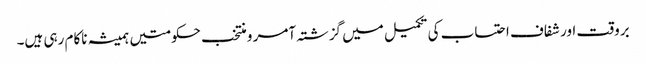
بروقت اور شفاف احتساب کی تکمیل میں گزشتہ آمر و منتخب حکومتیں ہمیشہ ناکام رہی ہیں۔